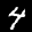
Label: 4